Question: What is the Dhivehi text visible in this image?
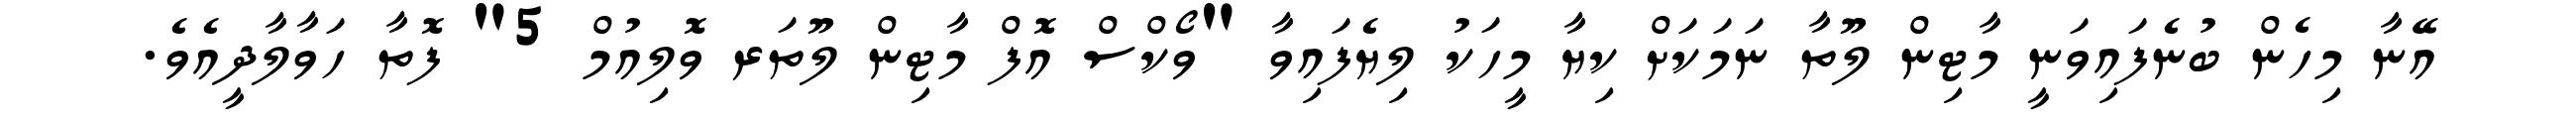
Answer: އޭނާ މިހެން ބުނެފައިވަނީ މާޓިން ލޫތާ ނަމަކަށް ކިޔާ މީހަކު ލިޔެފައިވާ "ވޯކްސް އޮފް މާޓިން ލޫތަރ ވޮލިއުމް 5" ފޮތާ ހަވާލާދީއެވެ.